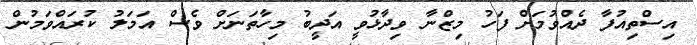
އިސްތިއުފާ ދެއްވުމަށް ފަހު މިޒްނާ ވިދާޅުވީ އަދީބު މިހާތަނަށް ވެސް އަމަލު ކުރައްވަމުން